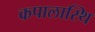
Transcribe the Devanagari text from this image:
कपालास्थि